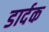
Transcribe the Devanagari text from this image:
डार्दक